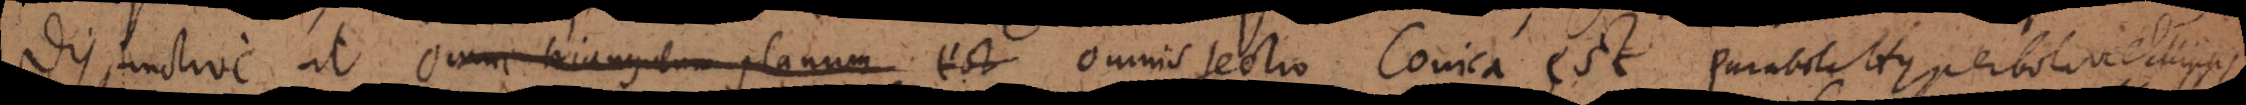
Disjunctive, ut Omne triangulum planum est Omnis Sectio Conica est Parabola, Hyperbola vel Ellipsis.